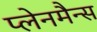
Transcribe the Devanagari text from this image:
प्लेनमैन्स